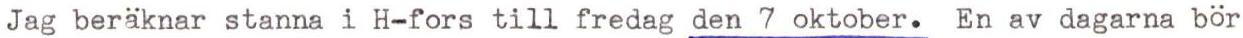
Jag beräknar stanna i H-fors till fredag den 7 oktober. En av dagarna bör